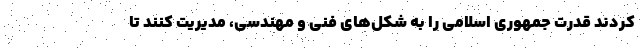
کردند قدرت جمهوری اسلامی را به شکل‌های فنی و مهندسی، مدیریت کنند تا